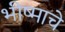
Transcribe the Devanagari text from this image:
भीष्माचे